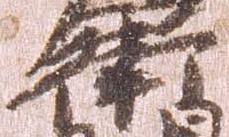
衛